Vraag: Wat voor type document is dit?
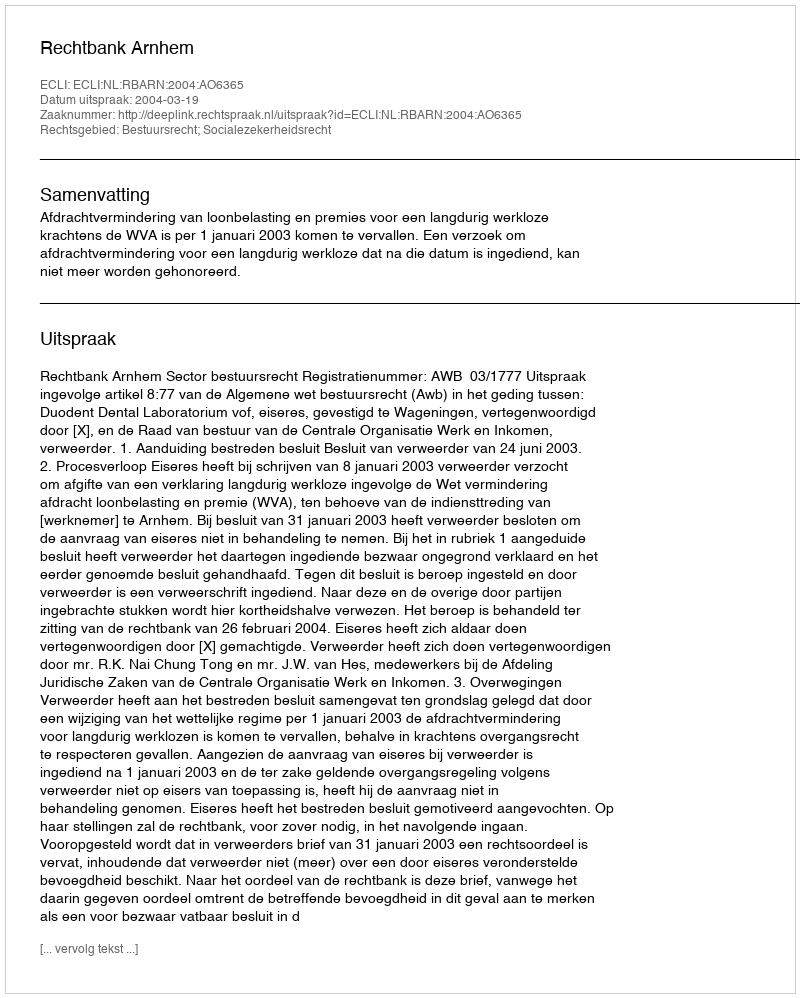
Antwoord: Uitspraak